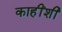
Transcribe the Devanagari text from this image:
काहींशी